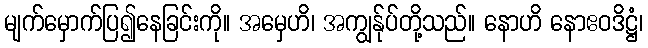
မျက်မှောက်ပြ၍နေခြင်းကို။ အမှေဟိ၊ အကျွန်ုပ်တို့သည်။ နောဟိ နောဧဝဒိဋ္ဌံ၊